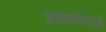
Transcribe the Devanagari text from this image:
प्रणयकविताओं